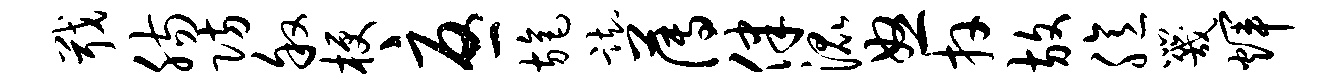
戢肠防叙梗忧旄踟薄律混怒卉放臆咒辉